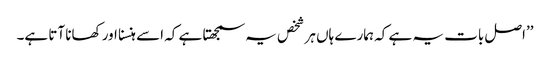
’’اصل بات یہ ہے کہ ہمارے ہاں ہر شخص یہ سمجھتا ہے کہ اسے ہنسنا اور کھانا آتا ہے۔